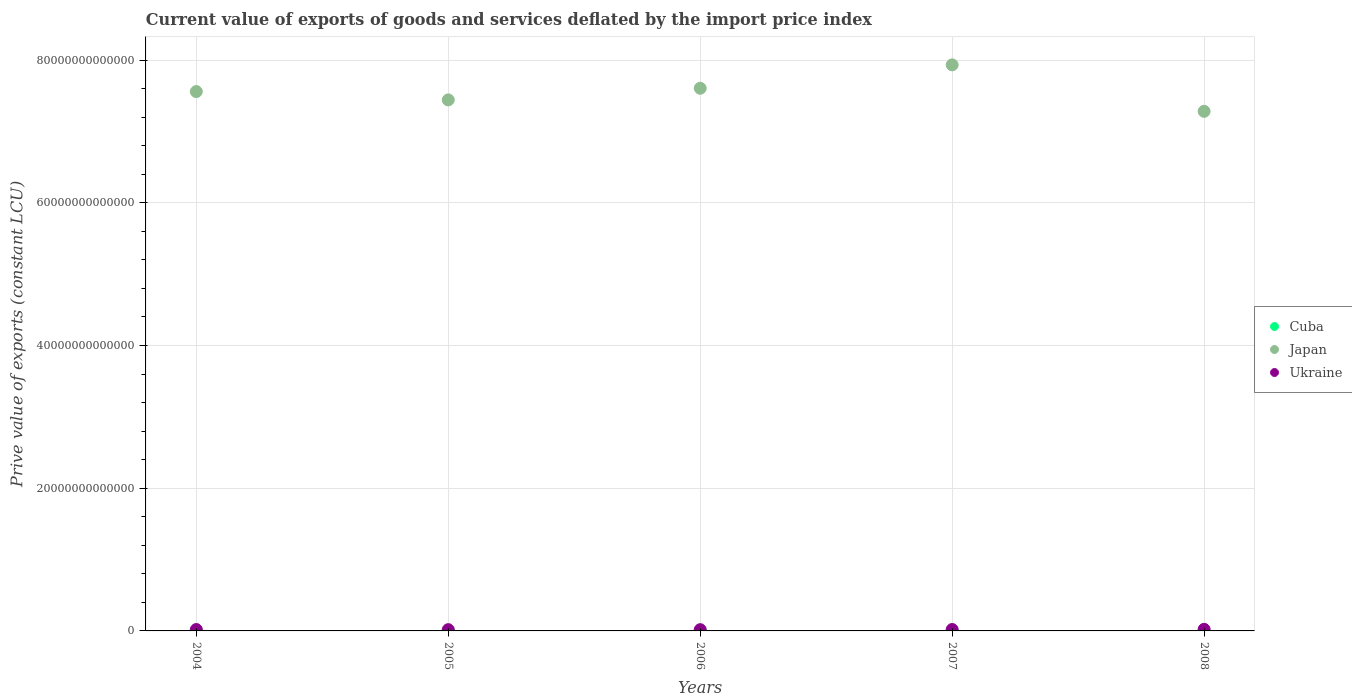
| Years | Cuba | Japan | Ukraine |
 | --- | --- | --- | --- |
 | 2004 | 6.52e+09 | 7.56e+13 | 1.94e+11 |
 | 2005 | 8.96e+09 | 7.44e+13 | 1.77e+11 |
 | 2006 | 9.54e+09 | 7.6e+13 | 1.75e+11 |
 | 2007 | 1.07e+10 | 7.93e+13 | 1.98e+11 |
 | 2008 | 8.45e+09 | 7.28e+13 | 2.23e+11 |